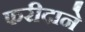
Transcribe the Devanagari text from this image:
फरीदाने